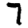
Digit: 7